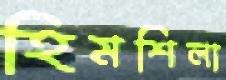
হিমশিলা